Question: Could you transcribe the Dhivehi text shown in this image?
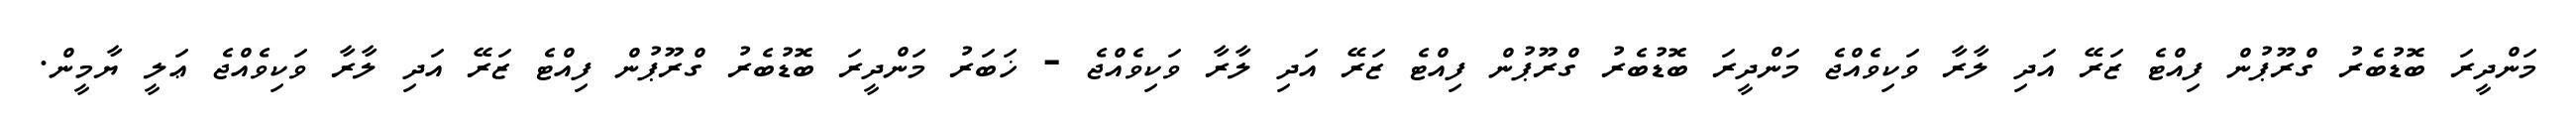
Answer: މަންދީރަ ބޮޑުބެރު ގްރޫޕުން ފިއްޓެ ޒަރޭ އަދި ލާރާ ވަކިވެއްޖެ މަންދީރަ ބޮޑުބެރު ގްރޫޕުން ފިއްޓެ ޒަރޭ އަދި ލާރާ ވަކިވެއްޖެ - ޚަބަރު މަންދީރަ ބޮޑުބެރު ގްރޫޕުން ފިއްޓެ ޒަރޭ އަދި ލާރާ ވަކިވެއްޖެ ޢަލީ ޔާމީން.